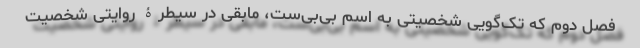
فصل دوم که تک‌گویی شخصیتی به اسم بی‌بی‌ست، مابقی در سیطرۀ روایتی شخصیت